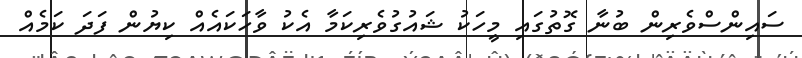
ސައިންސްވެރިން ބުނާ ގޮތުގައި މީހަކު ޝައުގުވެރިކަމާ އެކު ވާހަކައެއް ކިޔުން ފަދަ ކަމެއް